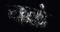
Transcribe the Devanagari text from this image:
चक्रं